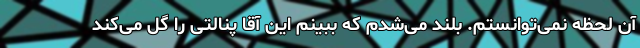
آن لحظه نمی‌توانستم. بلند می‌شدم که ببینم این آقا پنالتی را گل می‌کند